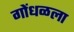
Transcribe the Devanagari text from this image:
गोंधळला